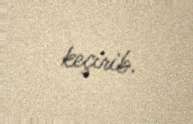
keçirib.